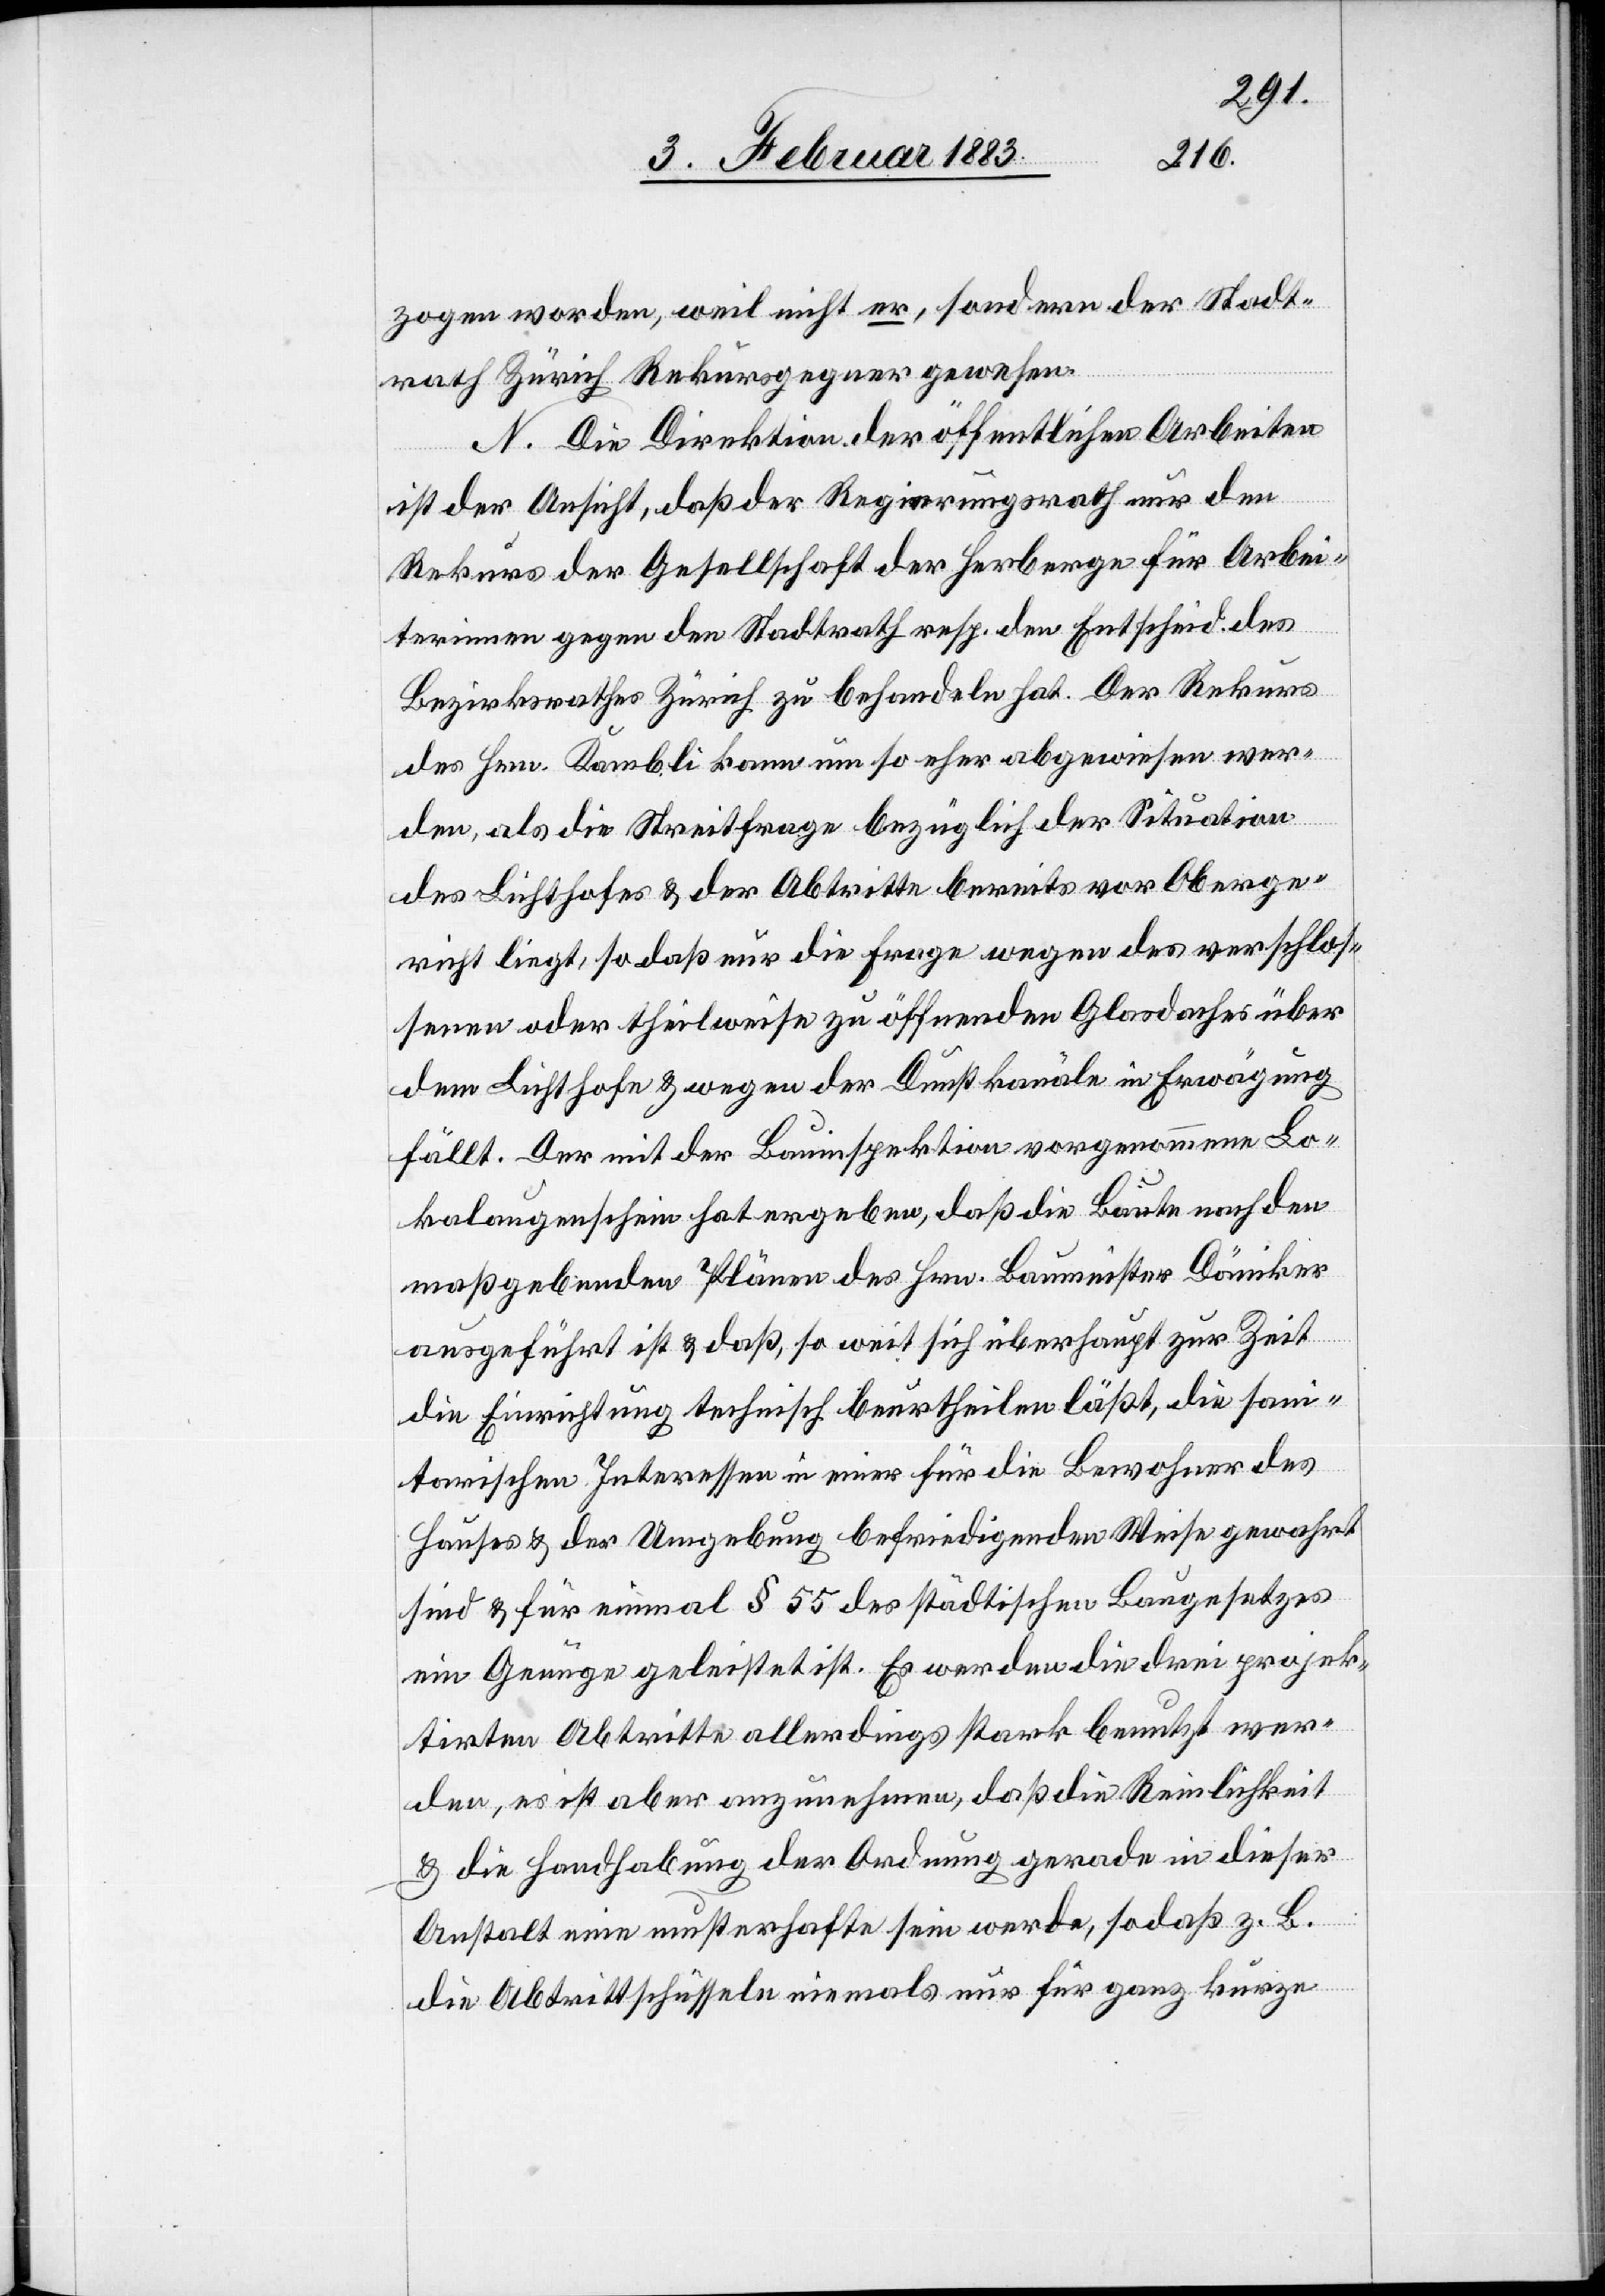
zogen worden, weil nicht er, sondern der Stadt¬
rath Zürich Rekursgegner gewesen.
N. Die Direktion der öffentlichen Arbeiten
ist der Ansicht, daß der Regierungsrath nur den
Rekurs der Gesellschaft der Herberge für die Arbei¬
terinnen gegen den Stadtrath resp. den Entscheid des
Bezirksrathes Zürich zu behandeln hat. Der Rekurs
des Hrn. Kambli kann um so eher abgewiesen wer¬
den, als die Streitfrage bezüglich der Situation
des Lichthofes & der Abtritte bereits vor Oberge¬
richt liegt, so daß nur die Frage wegen des verschlos¬
senen oder theilweise zu öffnenden Glasdaches über
dem Lichthofe & wegen der Dunstkanäle in Erwägung
fällt. Der mit der Bauinspektion vorgenommene Lo¬
kalaugenschein hat ergeben, daß die Baute nach den
maßgebenden Plänen des Hrn. Baumeister Däniker
ausgeführt ist & daß, so weit sich überhaupt zur Zeit
die Einrichtung technisch beurtheilen läßt, die san¬
itarischen Interessen in einer für die Bewohner des
Hauses & der Umgebung befriedigenden Weise gewahrt
sind & für einmal § 55 des städtischen Baugesetzes
ein Genüge geleistet ist. Es werden die drei projek¬
tirten Abtritte allerdings stark benutzt wer¬
den, es ist aber anzunehmen, daß die Reinlichkeit
& die Handhabung der Ordnung gerade in dieser
Anstalt eine musterhafte sein werde, sodaß z. B.
die Abtrittschüsseln niemals nur für ganz kurze